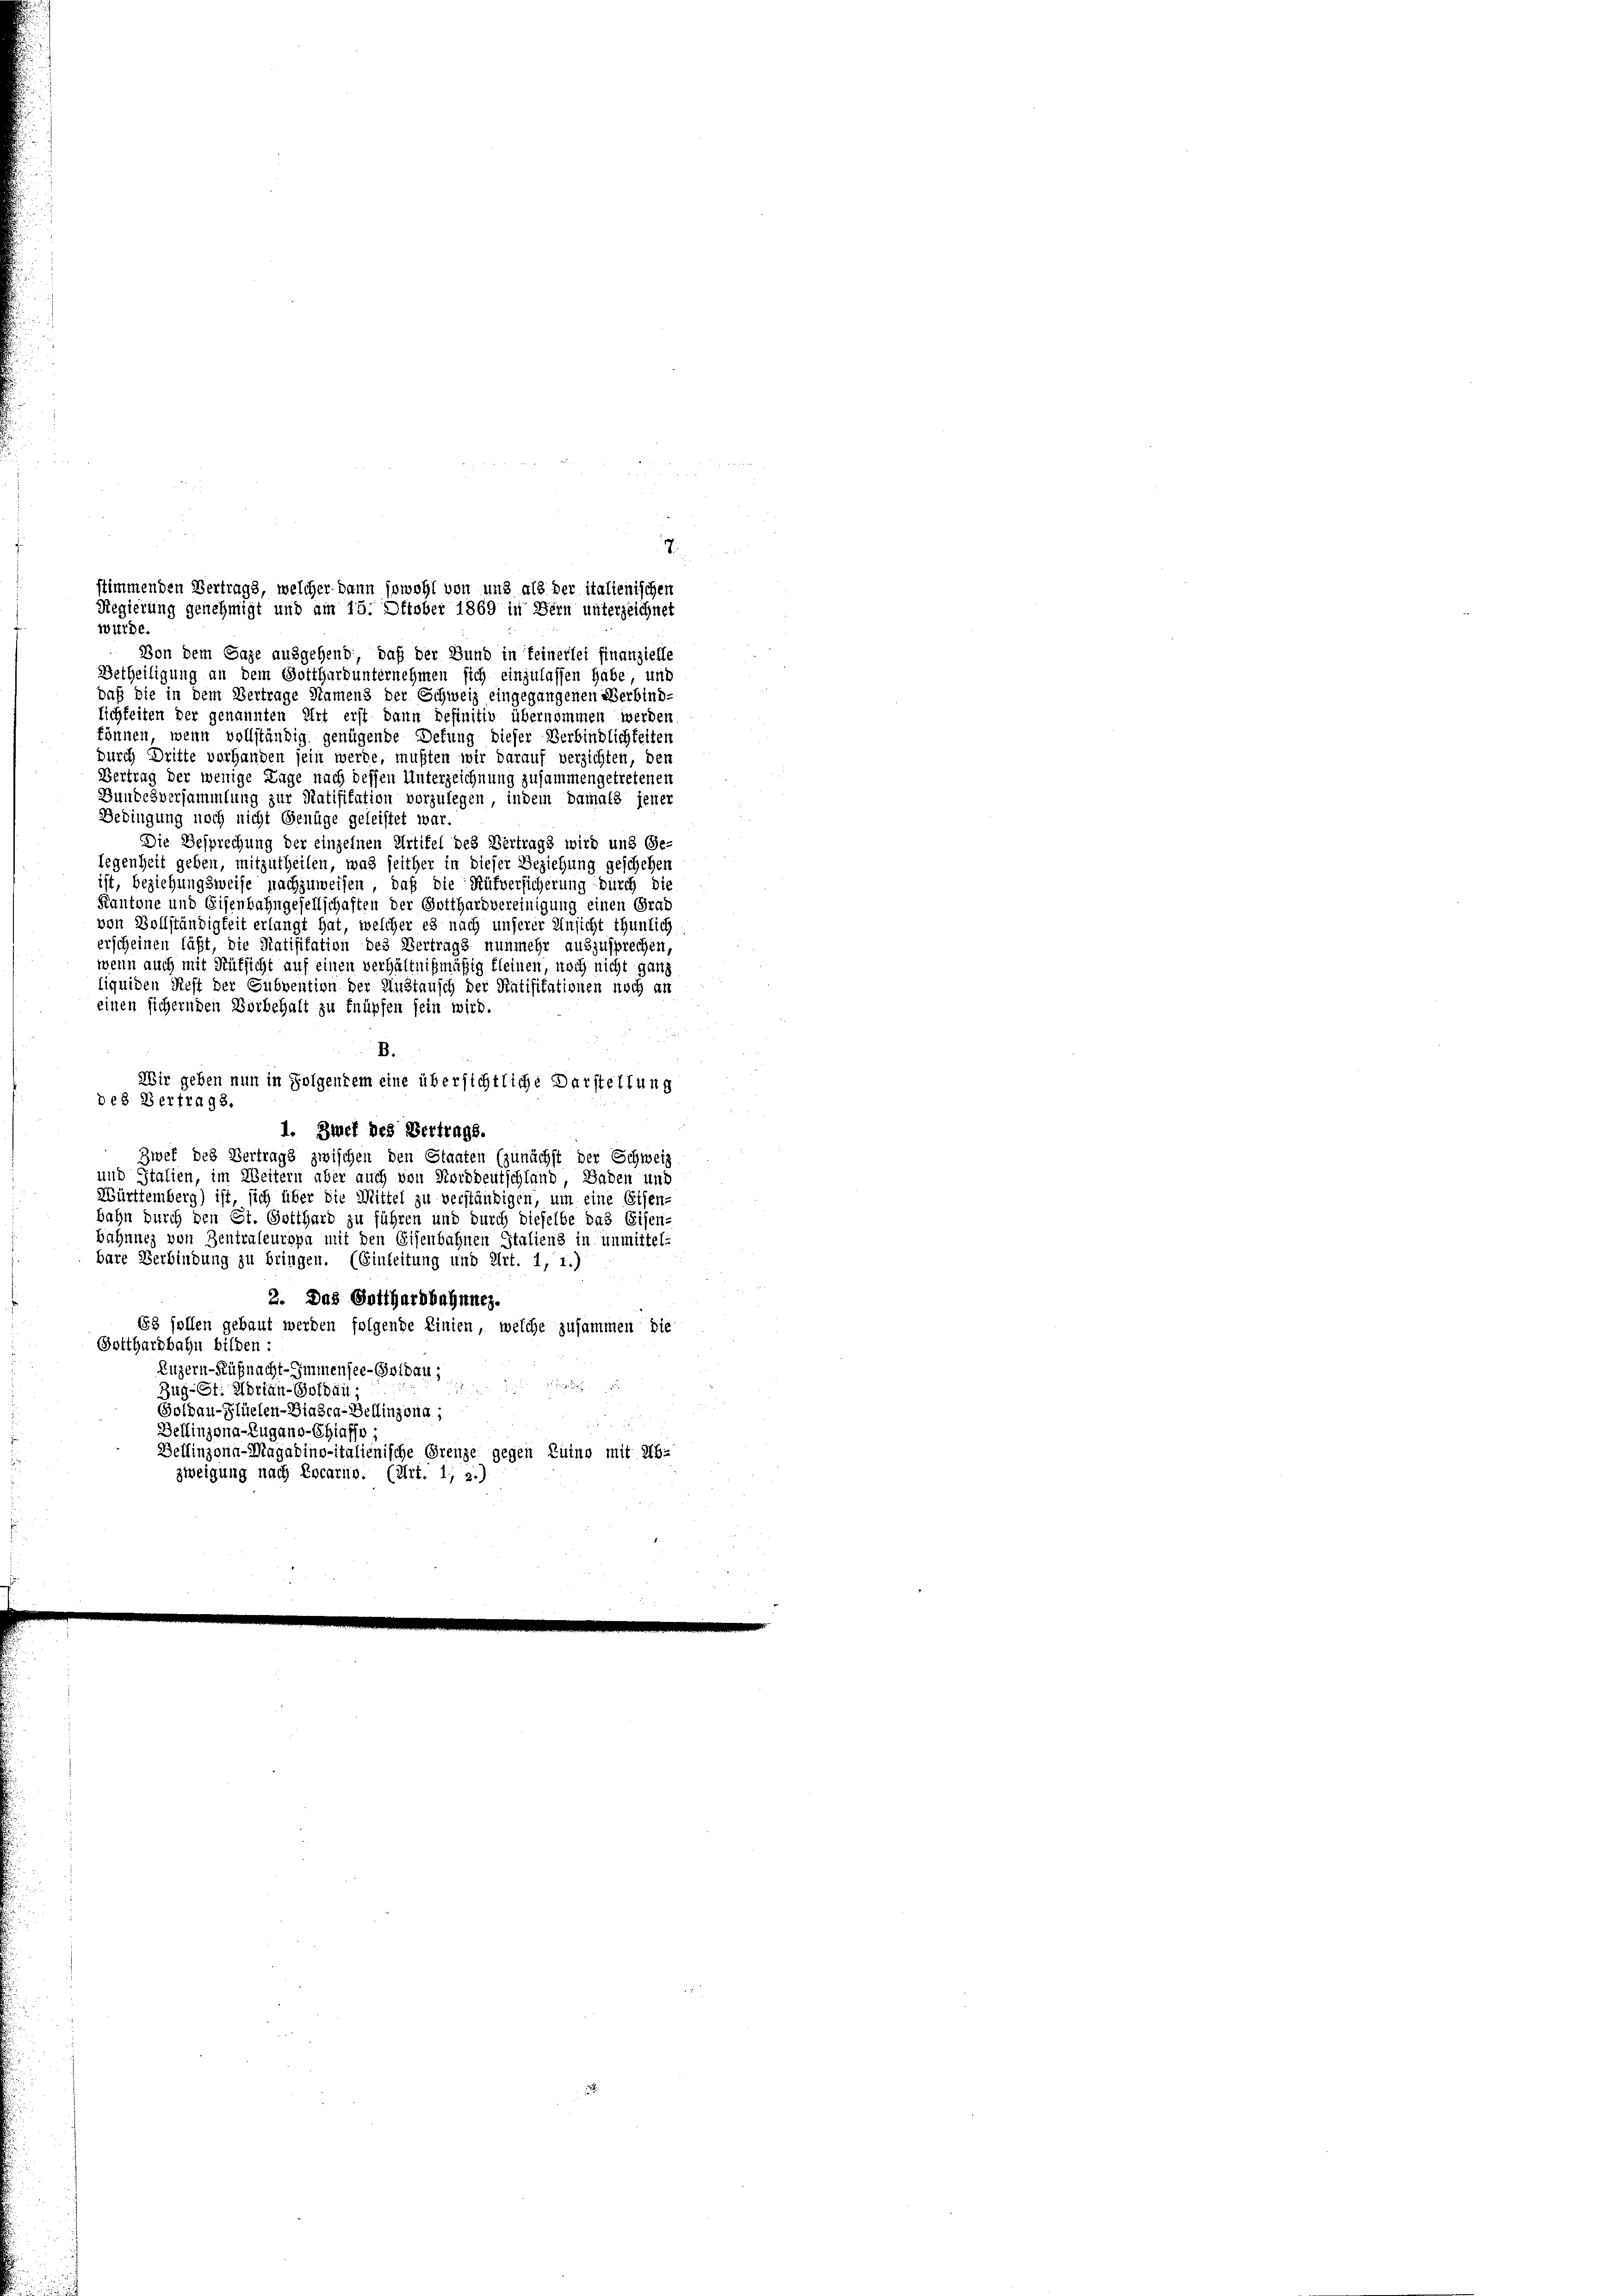
wurde.
Von dem Gage ausgehend, daß der Bund in Teinerlei finanzielle
Betheiligung an dem Gotthard unternehmen sich einzulassen habe, unt
daß die in dem Vertrage Namens der Schweiz eingegangenen Verbindlichkeiten der genannten Art erst dann befinitiv übernommen werden
können, wenn vollständig genügende Detung dieser Verbindlichkeiten
durch Dritte vorhanden sein werde, mußten wir darauf verzichten, den
Vertrag der wenige Lage nach dessen Unterzeichnung zusammengetretenen
Bundesversammlung zur Ratifikation vorzulegen, indem damals jener
Bedingung noch nicht Genüge geleistet war
Die Besprechung der einzelnen Artifel des Vertrags wird und Ge-
legenheit geben, mitzutheilen, was seither in dieser Beziehung geschehen
ist, beziehungsweise nachzuweisen, daß die Rüfversicherung durch die
Kantone und Eisenbahngesellschaften der Gotthardvereinigung einen Grad
von Vollständigkeit erlangt hat, welcher es nach unserer Unsicht thunlich
erscheinen läßt, die Ratifikation des Vertrags nunmehr auszusprechen,
wenn auch mit Rütsicht auf einen verhältnißmäßig kleinen, noch nicht ganz
liquiden Rest der Subvention der Austausch der Ratifikationen noch an
einen sichernden Vorbehalt zu knüpfen sein wird
B.
Wir geben nun in Folgendem eine übersichtliche Darstellung
des Bertrags.
1. Ziel des Vertrags.
Zwef des Vertrags zwischen den Staaten (zunächst der Schweiz
und Italien, im Weitern aber auch von Norddeutschland, Baden und
Württemberg) ist, sich über die Mittel zu verständigen, um eine Eisen-
bahn durch den St. Gotthard zu führen und durch dieselbe das Eisen-
bahnnez von Zentraleuropa mit den Eisenbahnen Staliens in unmittel-
bare Verbindung zu bringen. (Einleitung und Art. 1, 1.)
2. Das Gotthardbahnnes.
153 sollen gebaut werden folgende Linien, welche zusammen die
Gotthardbahn bilden:
Luzern-Küßnacht-Immensee-Golbau;

Zug-St. Adrian-Gothail
Goldau-Flüelen-Biasca-Bellinzona,
Dellinzona-Zugano-Chiafso-
Bellinzona-Magadino-italienische Grenze gegen Luino mit Ab-
zweigung nach Locario. (Art. 1; 2.)

.
stimmenden Vertrags, welcher dann sowohl von und als der italienischen
Regierung genehmigt und am 15. Oktober 1869 in Bern unterzeichnet